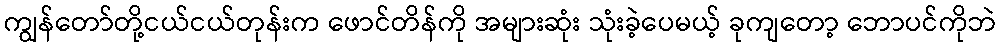
ကျွန်တော်တို့ငယ်ငယ်တုန်းက ဖောင်တိန်ကို အများဆုံး သုံးခဲ့ပေမယ့် ခုကျတော့ ဘောပင်ကိုဘဲ